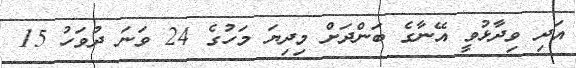
އަދި ވިދާޅުވީ އޭނާގެ ބަންދަށް މިދިޔަ މަހުގެ 24 ވަނަ ދުވަހު 15